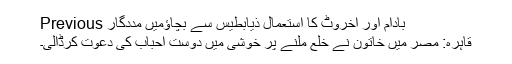
Previous بادام اور اخروٹ کا استعمال ذیابطیس سے بچاؤمیں مددگار
قاہرہ: مصر میں خاتون نے خلع ملنے پر خوشی میں دوست احباب کی دعوت کرڈالی۔